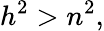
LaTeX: h^{2}>n^{2},